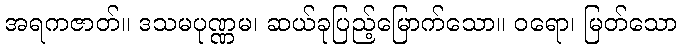
အရကဇာတ်။ ဒသမပုဏ္ဏမ၊ ဆယ်ခုပြည့်မြောက်သော။ ဝရော၊ မြတ်သော